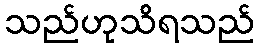
သည်ဟုသိရသည်